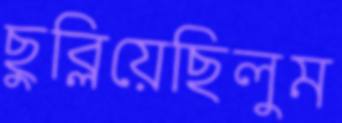
ছুব্‌লিয়েছিলুম